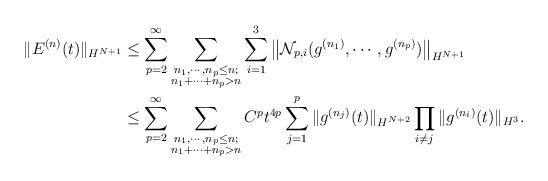
LaTeX: \begin{align*}\|E^{(n)}(t)\|_{H^{N+1}}&\leq\sum_{p=2}^{\infty}\sum_{\substack{n_1,\cdots,n_p\leq n;\\n_1+\cdots+n_p>n}}\sum_{i=1}^3\big\|\mathcal{N}_{p,i}(g^{(n_1)},\cdots,g^{(n_p)})\big\|_{H^{N+1}}\\&\leq \sum_{p=2}^{\infty}\sum_{\substack{n_1,\cdots,n_p\leq n;\\n_1+\cdots+n_p>n}}C^pt^{4p}\sum_{j=1}^p\|g^{(n_j)}(t)\|_{H^{N+2}}\prod_{i\neq j}\|g^{(n_i)}(t)\|_{H^{3}}.\end{align*}